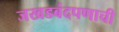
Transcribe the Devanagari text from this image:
जखडबंदपणाची